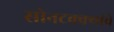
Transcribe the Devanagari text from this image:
सोनटक्क्यांचे